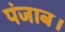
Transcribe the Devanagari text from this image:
पंजाब।